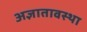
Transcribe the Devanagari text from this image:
अज्ञातावस्था